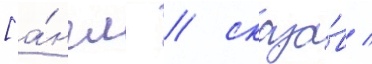
[а́нгл. / сказа́в /